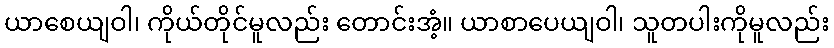
ယာစေယျဝါ၊ ကိုယ်တိုင်မူလည်း တောင်းအံ့။ ယာစာပေယျဝါ၊ သူတပါးကိုမူလည်း